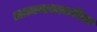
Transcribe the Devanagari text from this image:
आत्मनाशाकरिता